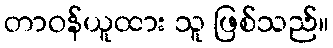
တာဝန်ယူထား သူ ဖြစ်သည်။